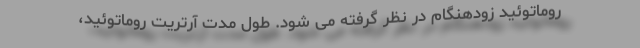
روماتوئید زودهنگام در نظر گرفته می شود. طول مدت آرتریت روماتوئید،